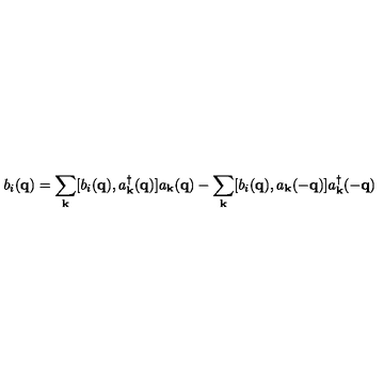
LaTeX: b _ { i } ( { \bf { q } } ) = \sum _ { { \bf { k } } } [ b _ { i } ( { \bf { q } } ) , a _ { { \bf { k } } } ^ { \dagger } ( { \bf { q } } ) ] a _ { { \bf { k } } } ( { \bf { q } } ) - \sum _ { { \bf { k } } } [ b _ { i } ( { \bf { q } } ) , a _ { { \bf { k } } } ( - { \bf { q } } ) ] a _ { { \bf { k } } } ^ { \dagger } ( - { \bf { q } } )